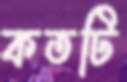
কতটি